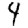
Digit: 4